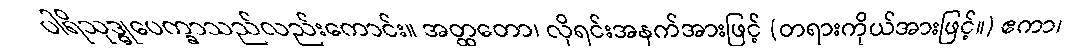
ပါရိသုဒ္ဓုပေက္ခာသည်လည်းကောင်း။ အတ္ထတော၊ လိုရင်းအနက်အားဖြင့် (တရားကိုယ်အားဖြင့်။) ဧကာ၊